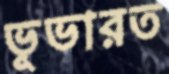
ভূভারত